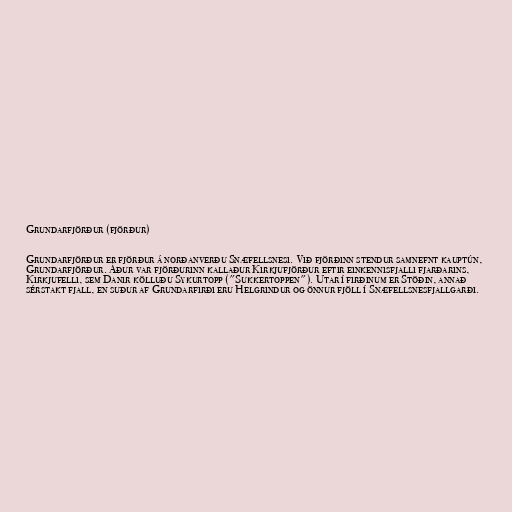
Grundarfjörður (fjörður)

Grundarfjörður er fjörður á norðanverðu Snæfellsnesi. Við fjörðinn stendur samnefnt kauptún,
Grundarfjörður. Áður var fjörðurinn kallaður Kirkjufjörður eftir einkennisfjalli fjarðarins,
Kirkjufelli, sem Danir kölluðu Sykurtopp ("Sukkertoppen"). Utar í firðinum er Stöðin, annað
sérstakt fjall, en suður af Grundarfirði eru Helgrindur og önnur fjöll í Snæfellsnesfjallgarði.